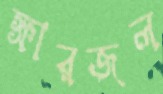
ক্ষারজল